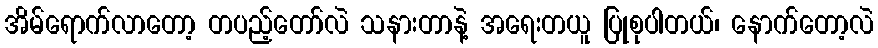
အိမ်ရောက်လာတော့ တပည့်တော်လဲ သနားတာနဲ့ အရေးတယူ ပြုစုပါတယ်၊ နောက်တော့လဲ